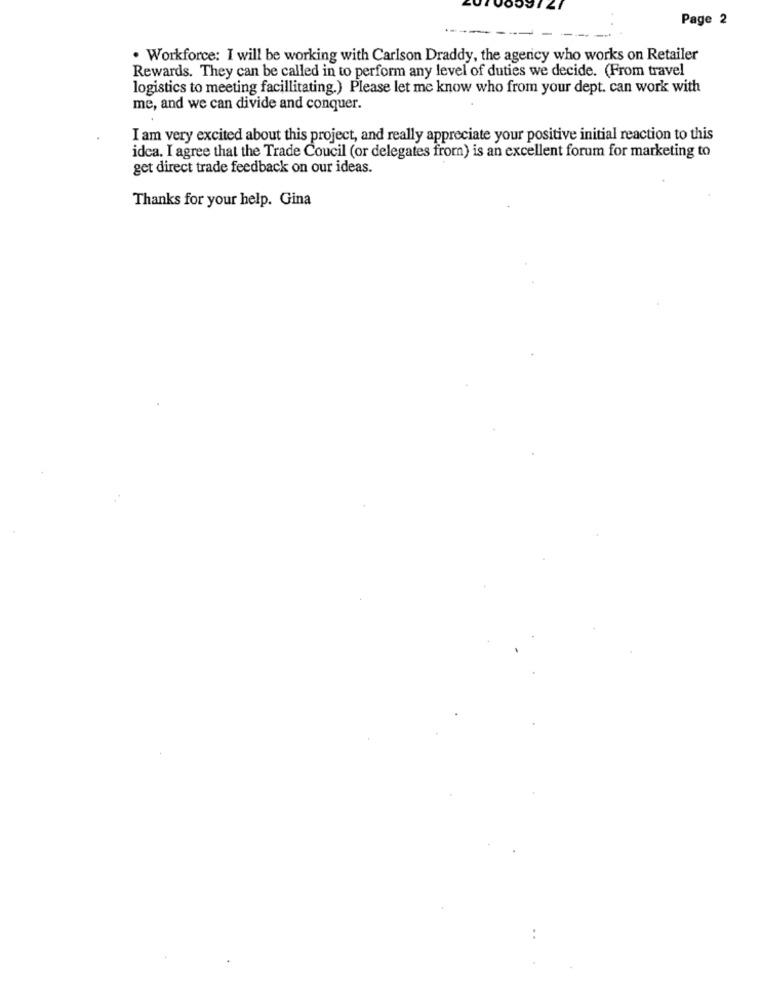
Page 2
. Workforce: I will be working with Carlson Draddy, the agency who works on Retailer
Rewards. They can be called in to perform any level of duties we decide. (From travel
logistics to meeting facillitating.) Please let me know who from your dept. can work with
me, and we can divide and conquer.
I am very excited about this project, and really appreciate your positive initial reaction to this
idea. I agree that the Trade Coucil (or delegates from) is an excellent forum for marketing to
get direct trade feedback on our ideas.
Thanks for your help. Gina